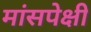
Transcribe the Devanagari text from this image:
मांसपेक्षी